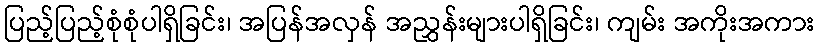
ပြည့်ပြည့်စုံစုံပါရှိခြင်း၊ အပြန်အလှန် အညွှန်းများပါရှိခြင်း၊ ကျမ်း အကိုးအကား